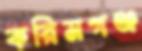
করিমগঞ্জ